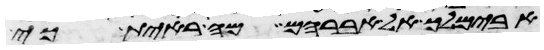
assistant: אבימלך אל אברהם מה ראית כי